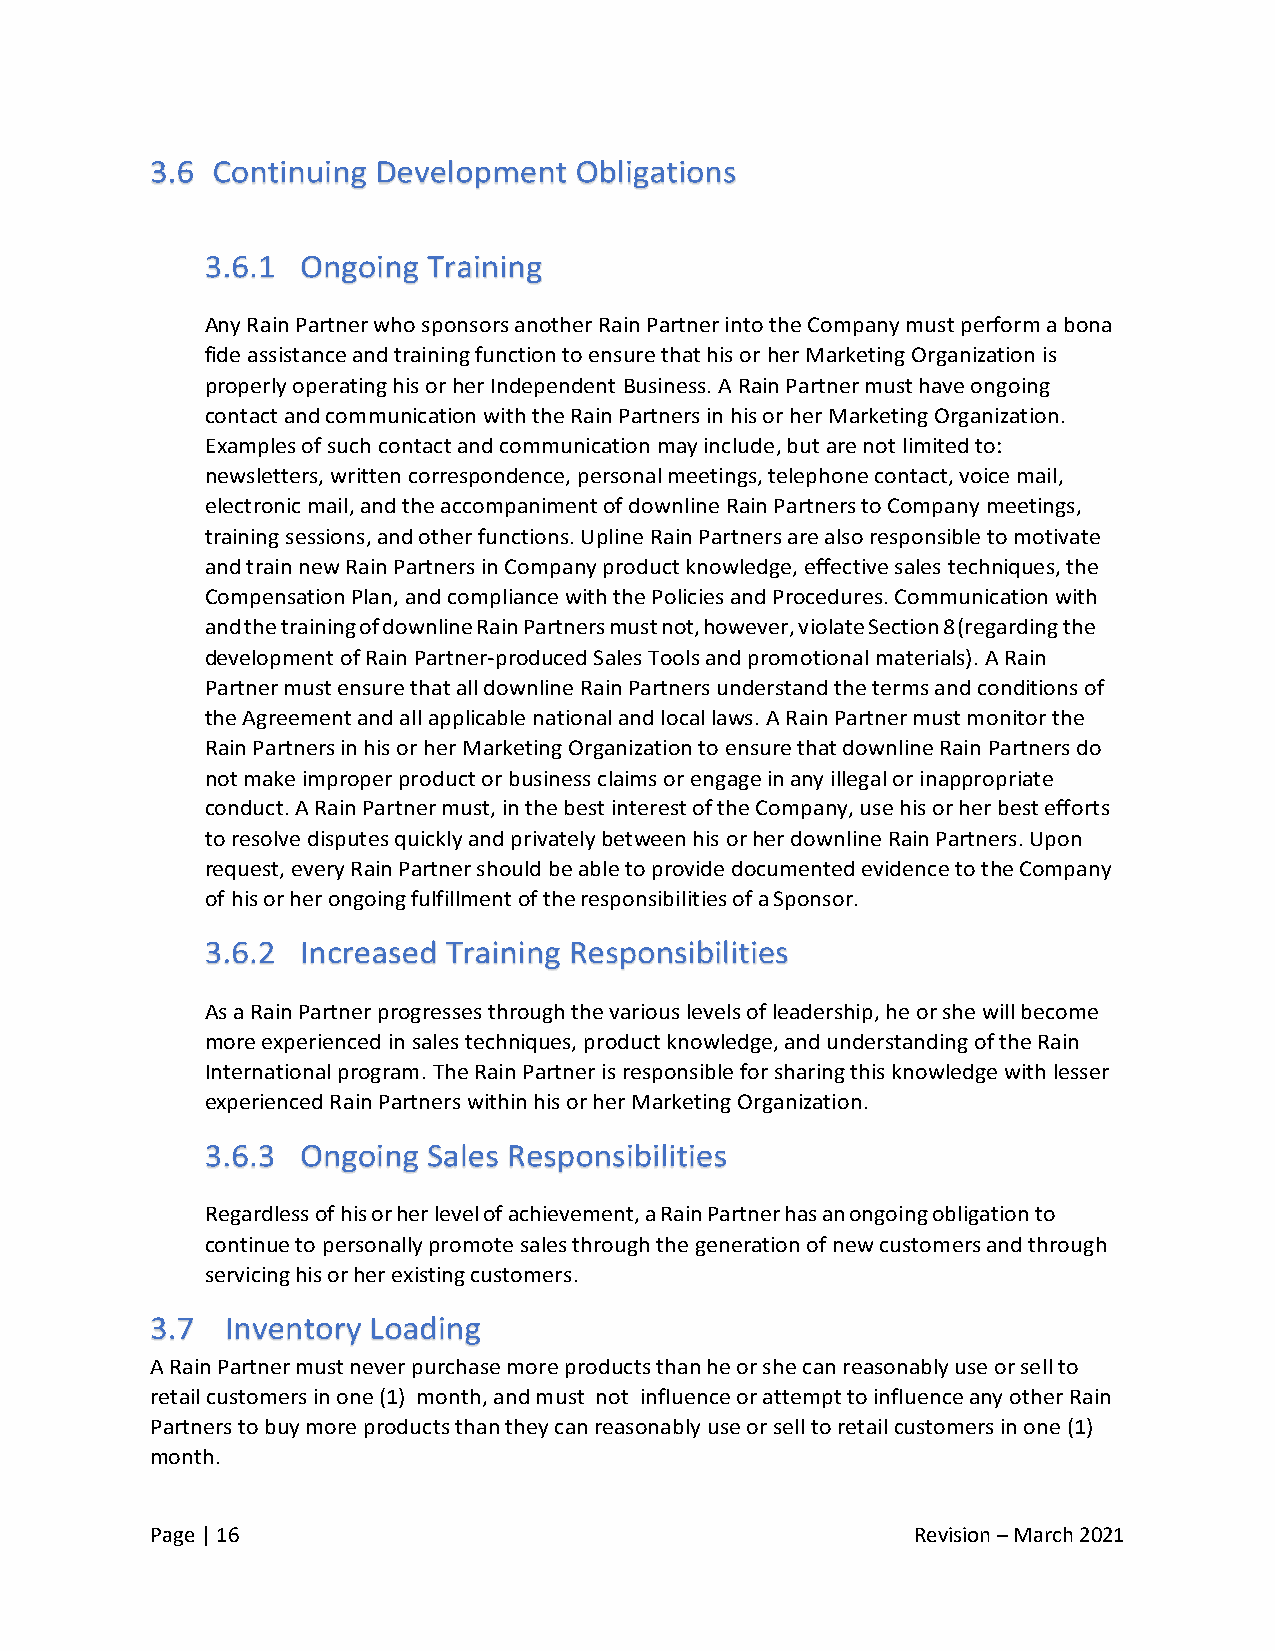
Any Rain Partner who sponsors another Rain Partner into the Company must perform a bona
 fide assistance and training function to ensure that his or her Marketing Organization is
 properly operating his or her Independent Business. A Rain Partner must have ongoing
 contact and communication with the Rain Partners in his or her Marketing Organization.
 Examples of such contact and communication may include, but are not limited to:
 newsletters, written correspondence, personal meetings, telephone contact, voice mail,
 electronic mail, and the accompaniment of downline Rain Partners to Company meetings,
 training sessions, and other functions. Upline Rain Partners are also responsible to motivate
 and train new Rain Partners in Company product knowledge, effective sales techniques, the
 Compensation Plan, and compliance with the Policies and Procedures. Communication with
 and the training of downline Rain Partners must not, however, violate Section 8 (regarding the
 development of Rain Partner-produced Sales Tools and promotional materials). A Rain
 Partner must ensure that all downline Rain Partners understand the terms and conditions of
 the Agreement and all applicable national and local laws. A Rain Partner must monitor the
 Rain Partners in his or her Marketing Organization to ensure that downline Rain Partners do
 not make improper product or business claims or engage in any illegal or inappropriate
 conduct. A Rain Partner must, in the best interest of the Company, use his or her best efforts
 to resolve disputes quickly and privately between his or her downline Rain Partners. Upon
 request, every Rain Partner should be able to provide documented evidence to the Company
 of his or her ongoing fulfillment of the responsibilities of a Sponsor.
 As a Rain Partner progresses through the various levels of leadership, he or she will become
 more experienced in sales techniques, product knowledge, and understanding of the Rain
 International program. The Rain Partner is responsible for sharing this knowledge with lesser
 experienced Rain Partners within his or her Marketing Organization.
 Regardless of his or her level of achievement, a Rain Partner has an ongoing obligation to
 continue to personally promote sales through the generation of new customers and through
 servicing his or her existing customers.
 A Rain Partner must never purchase more products than he or she can reasonably use or sell to
 retail customers in one (1) month, and must not influence or attempt to influence any other Rain
 Partners to buy more products than they can reasonably use or sell to retail customers in one (1)
 month.
 Page | 16                                          Revision – March 2021